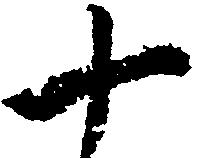
十